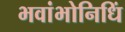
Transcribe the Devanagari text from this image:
भवांभोनिधिं